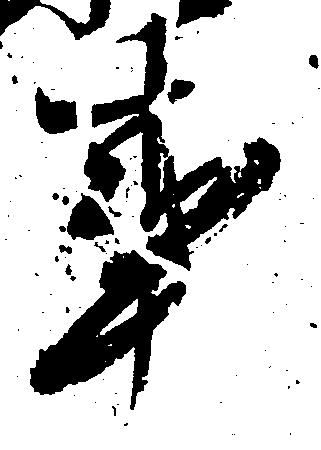
事